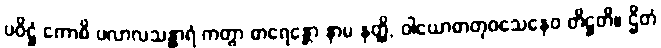
ပဝိဋ္ဌံ ကောစိ ပလာလသန္ထာရံ ကတွာ ဓာရေန္တော နာမ နတ္ထိ, ဝါယောဓာတုဝသေနေဝ တိဋ္ဌတိ။ ဌိတံ